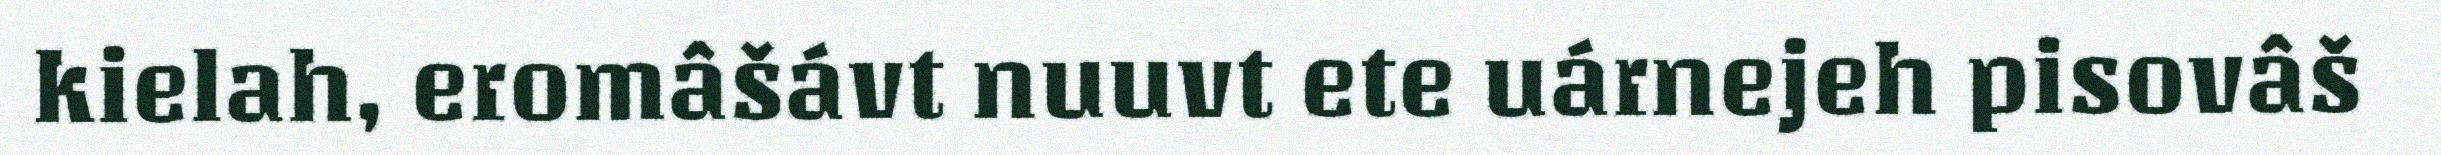
kielah, eromâšávt nuuvt ete uárnejeh pisovâš